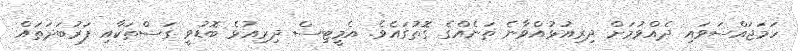
ހަމަޖައްސަވައި ދެއްވުމަށް ދިިރިއުޅުއްވާނެ ތަނެއްގެ ގޮތުގައެވެ. އެމީޓިސް ދިރިއުޅެ ބޮޑުވީ ގަސްތަކާއި ފަރުބަދަތައް